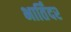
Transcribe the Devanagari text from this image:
भार्तिंदर